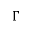
\Gamma